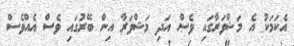
އެކަމަކު އެ މަޝްވަރާގައި ވެސް އަދި މަޝްވަރާ އިން ބޭރުގައި ވެސް އެއްވެސް